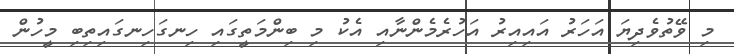
މި ވޭތުވެދިޔަ އަހަރު އައިއިރު އަހުރެމެންނާއި އެކު މި ބިންމަތީގައި ހިނގަހިނގައިތިބި މީހުން